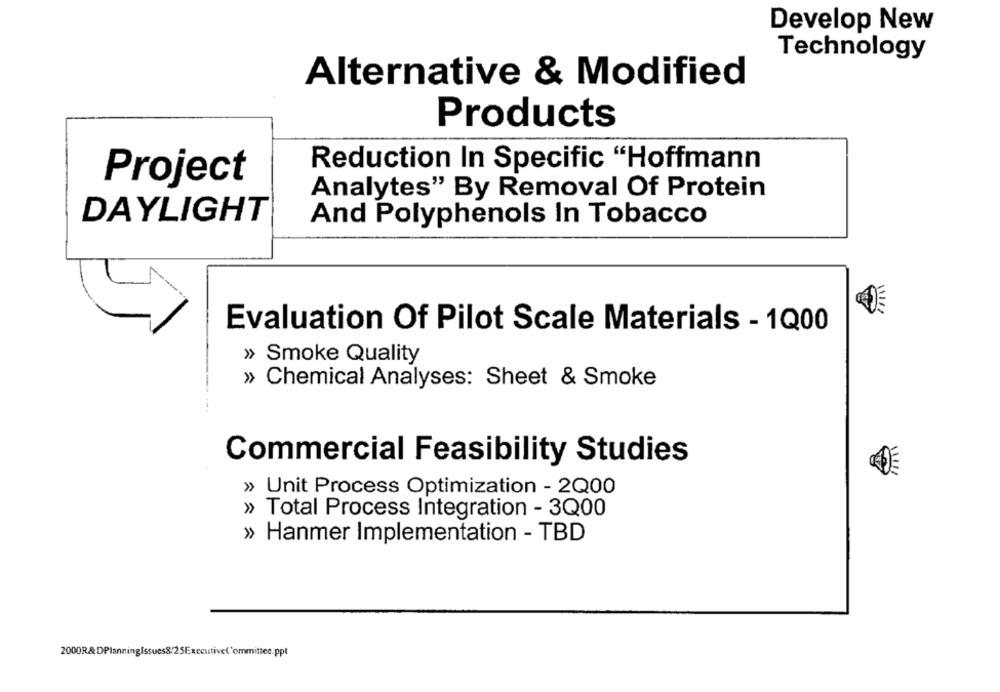
Develop New
Technology
Alternative & Modified
Products
Reduction In Specific "Hoffmann
Project
Analytes" By Removal Of Protein
DAYLIGHT
And Polyphenols In Tobacco
Evaluation Of Pilot Scale Materials - 1Q00
» Smoke Quality
» Chemical Analyses: Sheet & Smoke
Commercial Feasibility Studies
» Unit Process Optimization - 2Q00
» Total Process Integration - 3Q00
» Hanmer Implementation - TBD